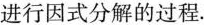
进行因式分解的过程.